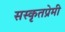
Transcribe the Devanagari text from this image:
सस्कृतप्रेमी